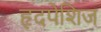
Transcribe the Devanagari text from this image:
हृदपेशिज